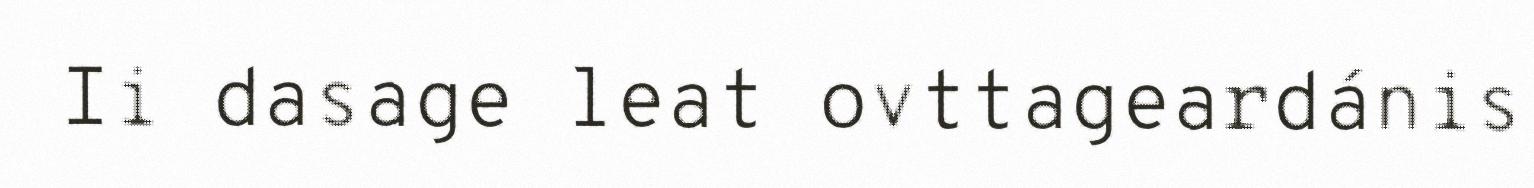
Ii dasage leat ovttageardánis